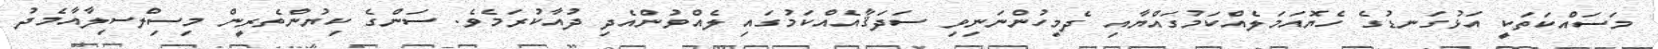
މަސައްކަތަކީ އަޅުގަނޑުގެ ހެޔޮއަމަލެއްކަމުގައްޔާއި ދެމިހުންނަނިވި ސަދަޤާއެއްކަމުގައި ލެއްވުންއެދި ދުއާކުރަމެވެ. ސަންގެ ކިޔުންތެރީން މިސިލްސިލާއާމެދު